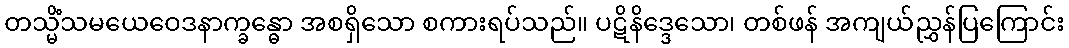
တသ္မိံသမယေဝေဒနာက္ခန္ဓော အစရှိသော စကားရပ်သည်။ ပဋိနိဒ္ဒေသော၊ တစ်ဖန် အကျယ်ညွှန်ပြကြောင်း